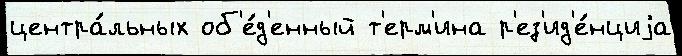
центра́льных об'е́д'енный т'ерм'ина р'ез'ид'е́нциjа